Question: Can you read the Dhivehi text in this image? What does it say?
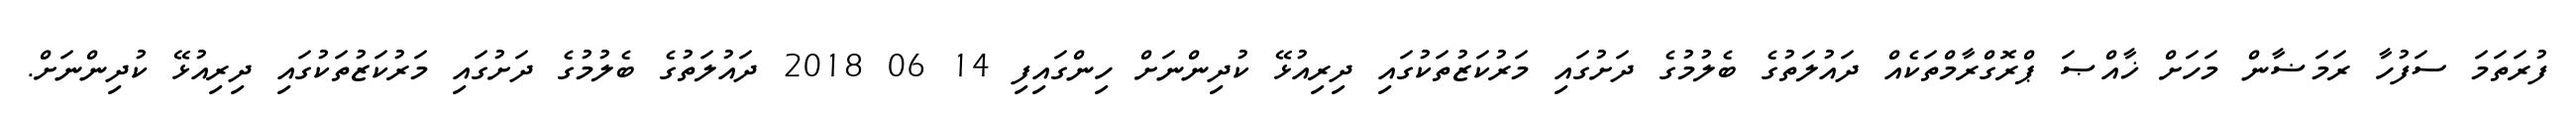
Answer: ފުރަތަމަ ސަފުހާ ރަމަޟާން މަހަށް ޚާއްޞަ ޕްރޮގްރާމްތަކެއް ދައުލަތުގެ ބެލުމުގެ ދަށުގައި މަރުކަޒުތަކުގައި ދިރިއުޅޭ ކުދިންނަށް ހިންގައިފި 14 06 2018 ދައުލަތުގެ ބެލުމުގެ ދަށުގައި މަރުކަޒުތަކުގައި ދިރިއުޅޭ ކުދިންނަށް.